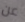
عن